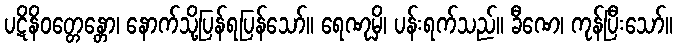
ပဋိနိဝတ္တေန္တော၊ နောက်သို့ပြန်ရပြန်သော်။ ရေဏုမှိ၊ ပန်းရက်သည်။ ခီဏေ၊ ကုန်ပြီးသော်။